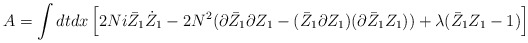
\begin{align*}A=\int dt dx \left[2Ni\bar Z_1 \dot Z_1-2N^2(\partial \bar Z_1\partial Z_1-(\bar Z_1\partial Z_1)(\partial\bar Z_1 Z_1))+\lambda (\bar Z_1 Z_1-1)\right]\end{align*}